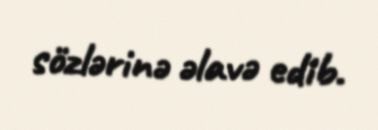
sözlərinə əlavə edib.